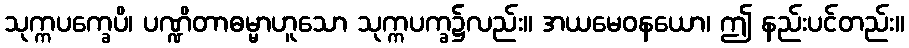
သုက္ကပက္ခေပိ၊ ပဏ္ဍိတာဓမ္မာဟူသော သုက္ကပက္ခ၌လည်း။ အယမေဝနယော၊ ဤ နည်းပင်တည်း။